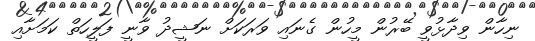
ނިހާން ވިދާޅުވީ ބޭރުން މީހުން ގެނައި ވަރަކަށް ނަޝީދު ވާނީ ފަލީހަތް ކަމަށާއި